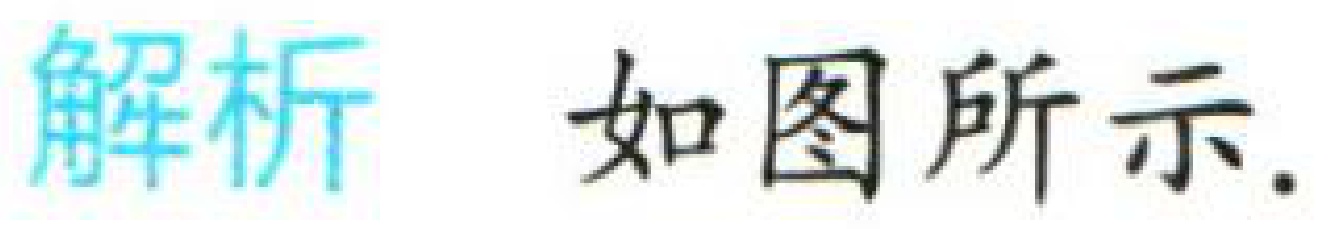
解析 如图所示.